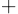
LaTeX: _+